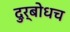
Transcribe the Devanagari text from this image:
दुर्बोधच